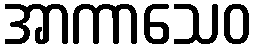
အာကာသေဝ